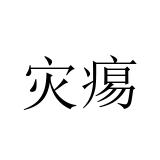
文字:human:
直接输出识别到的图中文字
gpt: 灾痬